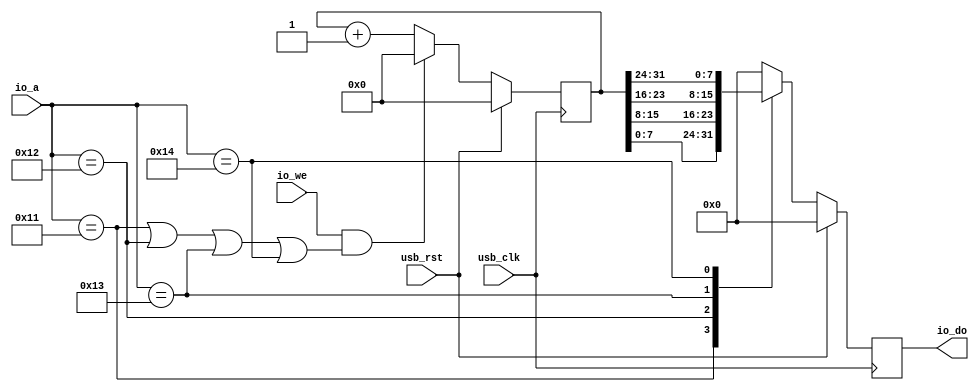
module softusb_timer(
	input usb_clk,
	input usb_rst,

	input io_we,
	input [5:0] io_a,
	output reg [7:0] io_do
);

reg [31:0] counter;

always @(posedge usb_clk) begin
	if(usb_rst) begin
		counter <= 32'd0;
		io_do <= 32'd0;
	end else begin
		io_do <= 32'd0;
		case(io_a)
			6'h11: io_do <= counter[7:0];
			6'h12: io_do <= counter[15:8];
			6'h13: io_do <= counter[23:16];
			6'h14: io_do <= counter[31:24];
		endcase
		if(io_we & ((io_a == 6'h11)|(io_a == 6'h12)|(io_a == 6'h13)|(io_a == 6'h14)))
			counter <= 32'd0;
		else
			counter <= counter + 32'd1;
	end
end

endmodule